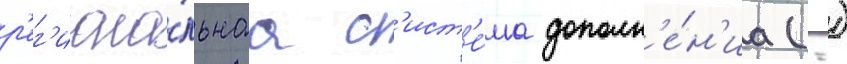
р'ег'иона́льнаа с'ист'е́ма дополн'е́н'иа (-)